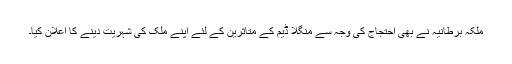
ملکہ برطانیہ نے بھی احتجاج کی وجہ سے منگلا ڈیم کے متاثرین کے لئے اپنے ملک کی شہریت دینے کا اعلان کیا۔